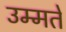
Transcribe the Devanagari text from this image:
उम्मतें